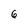
Character: 6